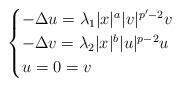
LaTeX: \begin{align*}\begin{cases}-\Delta u=\lambda_1 |x|^a|v|^{p'-2}v&\\-\Delta v=\lambda_2 |x|^b|u|^{p-2}u&\\u=0=v&\end{cases}\end{align*}